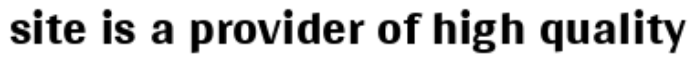
site is a provider of high quality